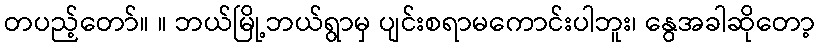
တပည့်တော်။ ။ ဘယ်မြို့ဘယ်ရွာမှ ပျင်းစရာမကောင်းပါဘူး၊ နွေအခါဆိုတော့